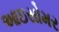
આઇસોમર